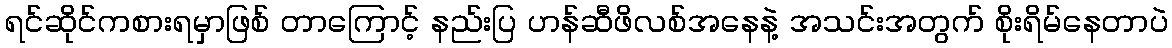
ရင်ဆိုင်ကစားရမှာဖြစ် တာကြောင့် နည်းပြ ဟန်ဆီဖိလစ်အနေနဲ့ အသင်းအတွက် စိုးရိမ်နေတာပဲ